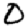
Digit: 0